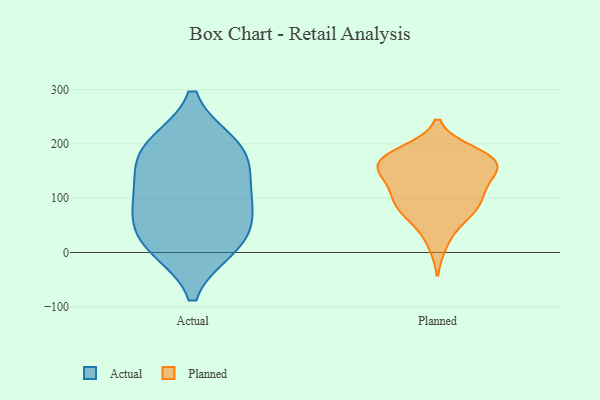
{"axis": {"x": "Tickets Resolved", "y": "Value"}, "legend": ["Actual", "Planned"], "data": [{"x": "", "y": 193, "type": "Actual"}, {"x": "", "y": 10, "type": "Actual"}, {"x": "", "y": 32, "type": "Actual"}, {"x": "", "y": 12, "type": "Actual"}, {"x": "", "y": 198, "type": "Actual"}, {"x": "", "y": 143, "type": "Actual"}, {"x": "", "y": 185, "type": "Actual"}, {"x": "", "y": 86, "type": "Actual"}, {"x": "", "y": 74, "type": "Actual"}, {"x": "", "y": 112, "type": "Actual"}, {"x": "", "y": 69, "type": "Planned"}, {"x": "", "y": 113, "type": "Planned"}, {"x": "", "y": 118, "type": "Planned"}, {"x": "", "y": 91, "type": "Planned"}, {"x": "", "y": 165, "type": "Planned"}, {"x": "", "y": 153, "type": "Planned"}, {"x": "", "y": 123, "type": "Planned"}, {"x": "", "y": 87, "type": "Planned"}, {"x": "", "y": 186, "type": "Planned"}, {"x": "", "y": 16, "type": "Planned"}, {"x": "", "y": 58, "type": "Planned"}, {"x": "", "y": 186, "type": "Planned"}, {"x": "", "y": 166, "type": "Planned"}, {"x": "", "y": 85, "type": "Planned"}, {"x": "", "y": 152, "type": "Planned"}, {"x": "", "y": 168, "type": "Planned"}, {"x": "", "y": 153, "type": "Planned"}, {"x": "", "y": 173, "type": "Planned"}]}